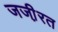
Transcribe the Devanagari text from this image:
जजी़रत